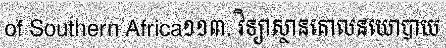
of Southern Africa១១៣. វិទ្យាស្ថានគោលនយោបាយ